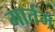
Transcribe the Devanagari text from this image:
मार्तम